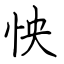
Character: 怏